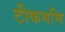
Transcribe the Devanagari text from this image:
टीकमणि